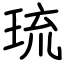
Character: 琉